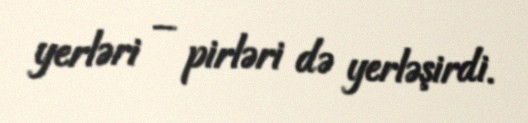
yerləri – pirləri də yerləşirdi.